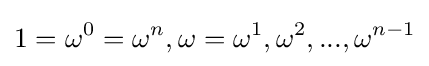
1=\omega ^{0}=\omega ^{n},\omega =\omega ^{1},\omega ^{2},...,\omega ^{n-1}